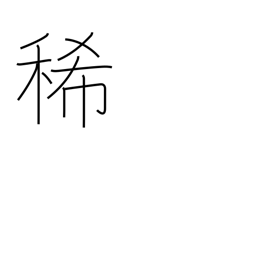
Meaning: dilute (acid)